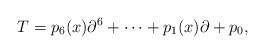
LaTeX: \begin{align*}T=p_6(x)\partial^6+\cdots+p_1(x)\partial+p_0,\end{align*}